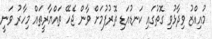
މުއިއްޒު ވިދާޅުވި ގޮތުގައި ކަނޑުއަޑި ތޮރުފުމަށް ވާން ޖެހޭ ތައްޔާރީތައް މިހާރު ވަނީ